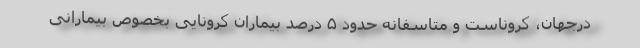
درجهان، کروناست و متاسفانه حدود ۵ درصد بیماران کرونایی بخصوص بیمارانی